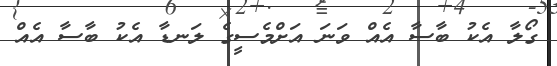
ގޯލާ އެކު ބާސާ އެއް ވަނަ އަށްމެސީގެ ލަނޑާ އެކު ބާސާ އެއް